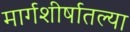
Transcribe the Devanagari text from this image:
मार्गशीर्षातल्या